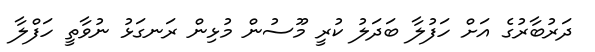
ދަރުބާރުގެ އަށް ހަފުލާ ބަދަލު ކުރީ މޫސުން މުޅިން ރަނގަޅު ނުވާތީ ހަފްލާ